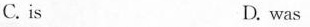
C. is D. was